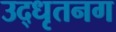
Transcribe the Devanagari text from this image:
उद्‌धृतनग